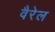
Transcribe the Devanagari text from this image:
वैरेल